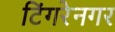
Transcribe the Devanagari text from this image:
टिंगरेनगर